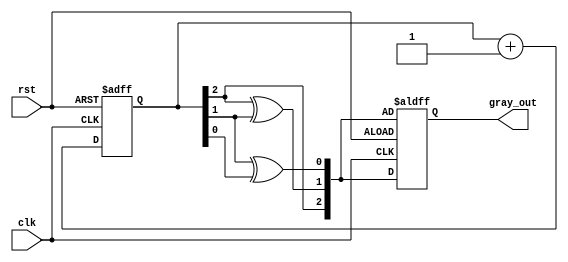
module gray_code_counter (
    input wire clk,         // Clock signal
    input wire rst,         // Asynchronous reset
    output reg [2:0] gray_out // 3-bit Gray code output
);

    reg [2:0] binary_count; // 3-bit binary counter

    // Function to convert binary to Gray code
    function [2:0] binary_to_gray;
        input [2:0] binary;
        begin
            binary_to_gray[2] = binary[2]; // G[2] = B[2]
            binary_to_gray[1] = binary[2] ^ binary[1]; // G[1] = B[2] XOR B[1]
            binary_to_gray[0] = binary[1] ^ binary[0]; // G[0] = B[1] XOR B[0]
        end
    endfunction

    // Sequential logic for counter
    always @(posedge clk or posedge rst) begin
        if (rst) begin
            // Reset the counter to 0 in Gray code
            binary_count <= 3'b000; // Reset binary counter
            gray_out <= binary_to_gray(binary_count); // Update Gray output
        end else begin
            // Increment the binary counter
            binary_count <= binary_count + 1;

            // Update the Gray code output
            gray_out <= binary_to_gray(binary_count);
        end
    end

endmodule